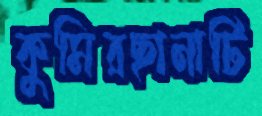
কুমিরছানাটি